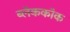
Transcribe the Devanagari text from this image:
ब्लॅककॉक